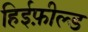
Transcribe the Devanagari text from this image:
हिईफ़ील्ड